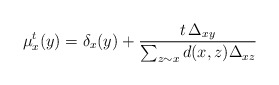
\begin{align*}\mu_x^t(y) = \delta_x(y) + \frac{t \, \Delta_{x y}}{\sum_{z \sim x} d(x,z) \Delta_{x z} }\end{align*}